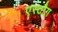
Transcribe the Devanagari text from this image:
एस्टौग़